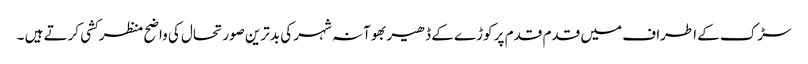
سڑک کے اطراف میں قدم قدم پر کوڑے کے ڈھیر بھوآنہ شہر کی بدترین صورتحال کی واضح منظرکشی کرتے ہیں ۔